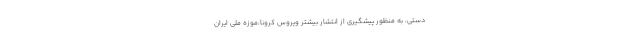
دستی، به منظور پیشگیری از انتشار بیشتر ویروس کرونا،موزه ملی ایران